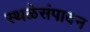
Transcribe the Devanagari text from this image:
स्थळेसंपादन